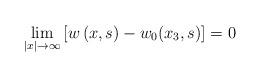
LaTeX: \begin{align*}\lim_{\left\vert x\right\vert \rightarrow \infty }\left[ w\left( x,s\right)-w_{0}(x_{3},s)\right] =0 \end{align*}